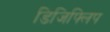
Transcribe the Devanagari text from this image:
डिजिफ्लिप